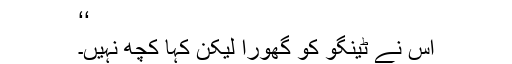
‘‘
اس نے ٹینگو کو گھورا لیکن کہا کچھ نہیں۔